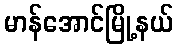
မာန်အောင်မြို့နယ်